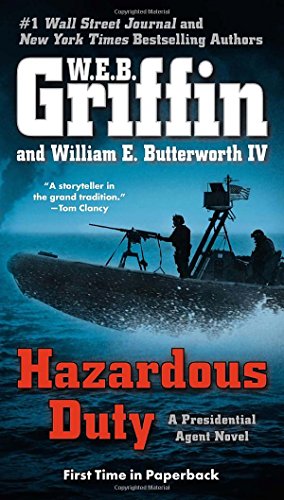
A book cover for Hazardous Duty (A Presidential Agent Novel); W.E.B. Griffin; Mystery, Thriller & Suspense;